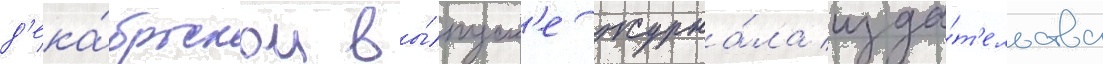
д'ека́брьском вы́пуск'е журна́ла изда́т'ельства